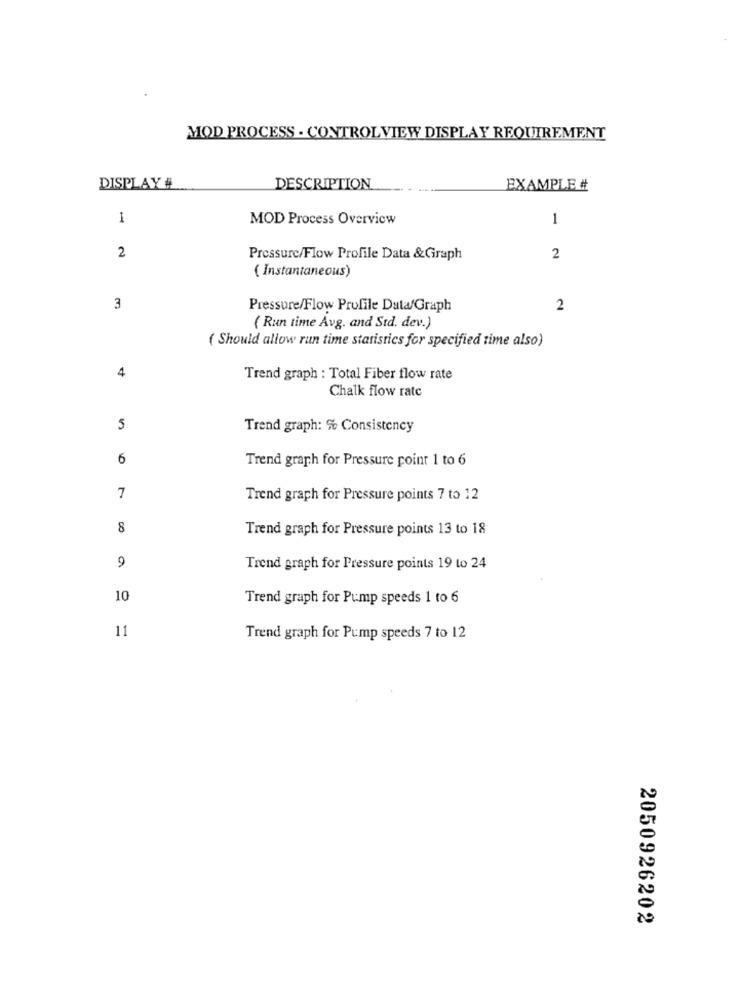
MOD PROCESS - CONTROLVIEW DISPLAY REQUIREMENT
DISPLAY #
DESCRIPTION
EXAMPLE #
1
MOD Process Overview
1
2
Pressure/Flow Profile Data &Graph
2
( Instantaneous)
3
Pressure/Flow Profile Data/Graph
2
( Run time Avg. and Std. dev.)
( Should allow run time statistics for specified time also)
4
Trend graph : Total Fiber flow rate
Chalk flow rate
5
Trend graph: % Consistency
6
Trend graph for Pressure point 1 to 6
7
Trend graph for Pressure points 7 to 12
8
Trend graph for Pressure points 13 to 18
9
Trend graph for Pressure points 19 to 24
10
Trend graph for Pump speeds 1 to 6
11
Trend graph for Pump speeds 7 to 12
2050926202